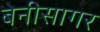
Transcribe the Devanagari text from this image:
बेनीसागर